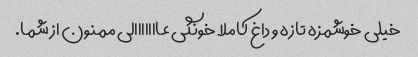
خیلی خوشمزه تازه و داغ کاملا خونگی عااااااالی ممنون از شما.